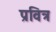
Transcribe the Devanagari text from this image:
प्रवित्र